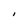
Character: I